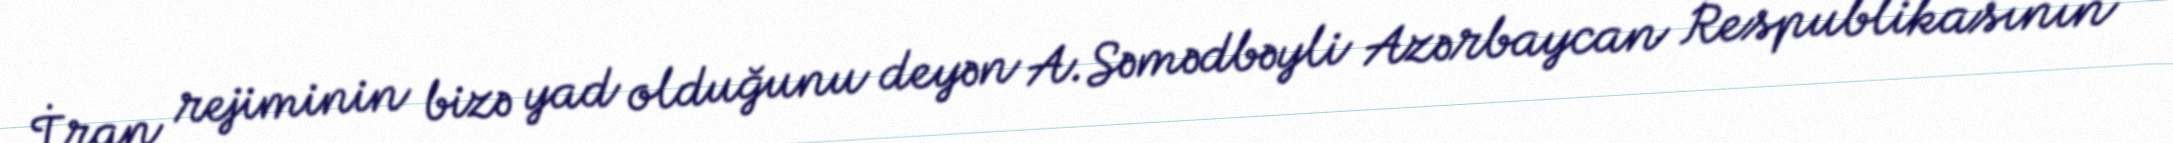
İran rejiminin bizə yad olduğunu deyən A.Səmədbəyli Azərbaycan Respublikasının